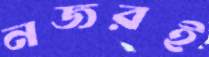
নজরই